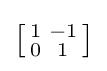
\left[{\begin{smallmatrix}1&-1\\0&1\\\end{smallmatrix}}\right]